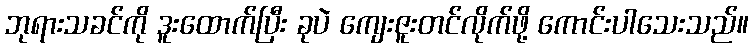
ဘုရားသခင်ကို ဒူးထောက်ပြီး ခုပဲ ကျေးဇူးတင်လိုက်ဖို့ ကောင်းပါသေးသည်။